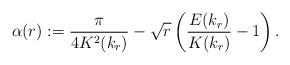
LaTeX: \begin{align*}\alpha(r):=\frac{\pi}{4K^2(k_r)}-\sqrt{r}\left(\frac{E(k_r)}{K(k_r)}-1\right).\end{align*}